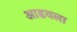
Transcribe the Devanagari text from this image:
आडवला